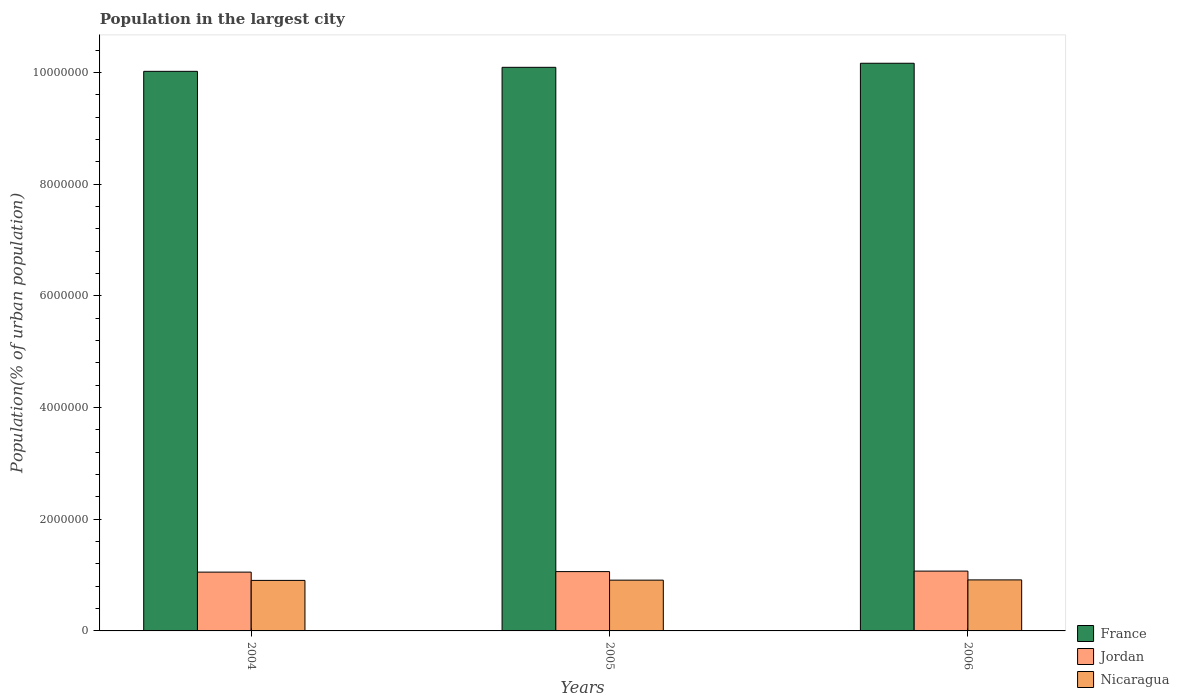
| Years | France | Jordan | Nicaragua |
 | --- | --- | --- | --- |
 | 2004 | 1e+07 | 1.05e+06 | 9.05e+05 |
 | 2005 | 1.01e+07 | 1.06e+06 | 9.09e+05 |
 | 2006 | 1.02e+07 | 1.07e+06 | 9.14e+05 |